Leningradi_Edasi_toimetus, lk 207
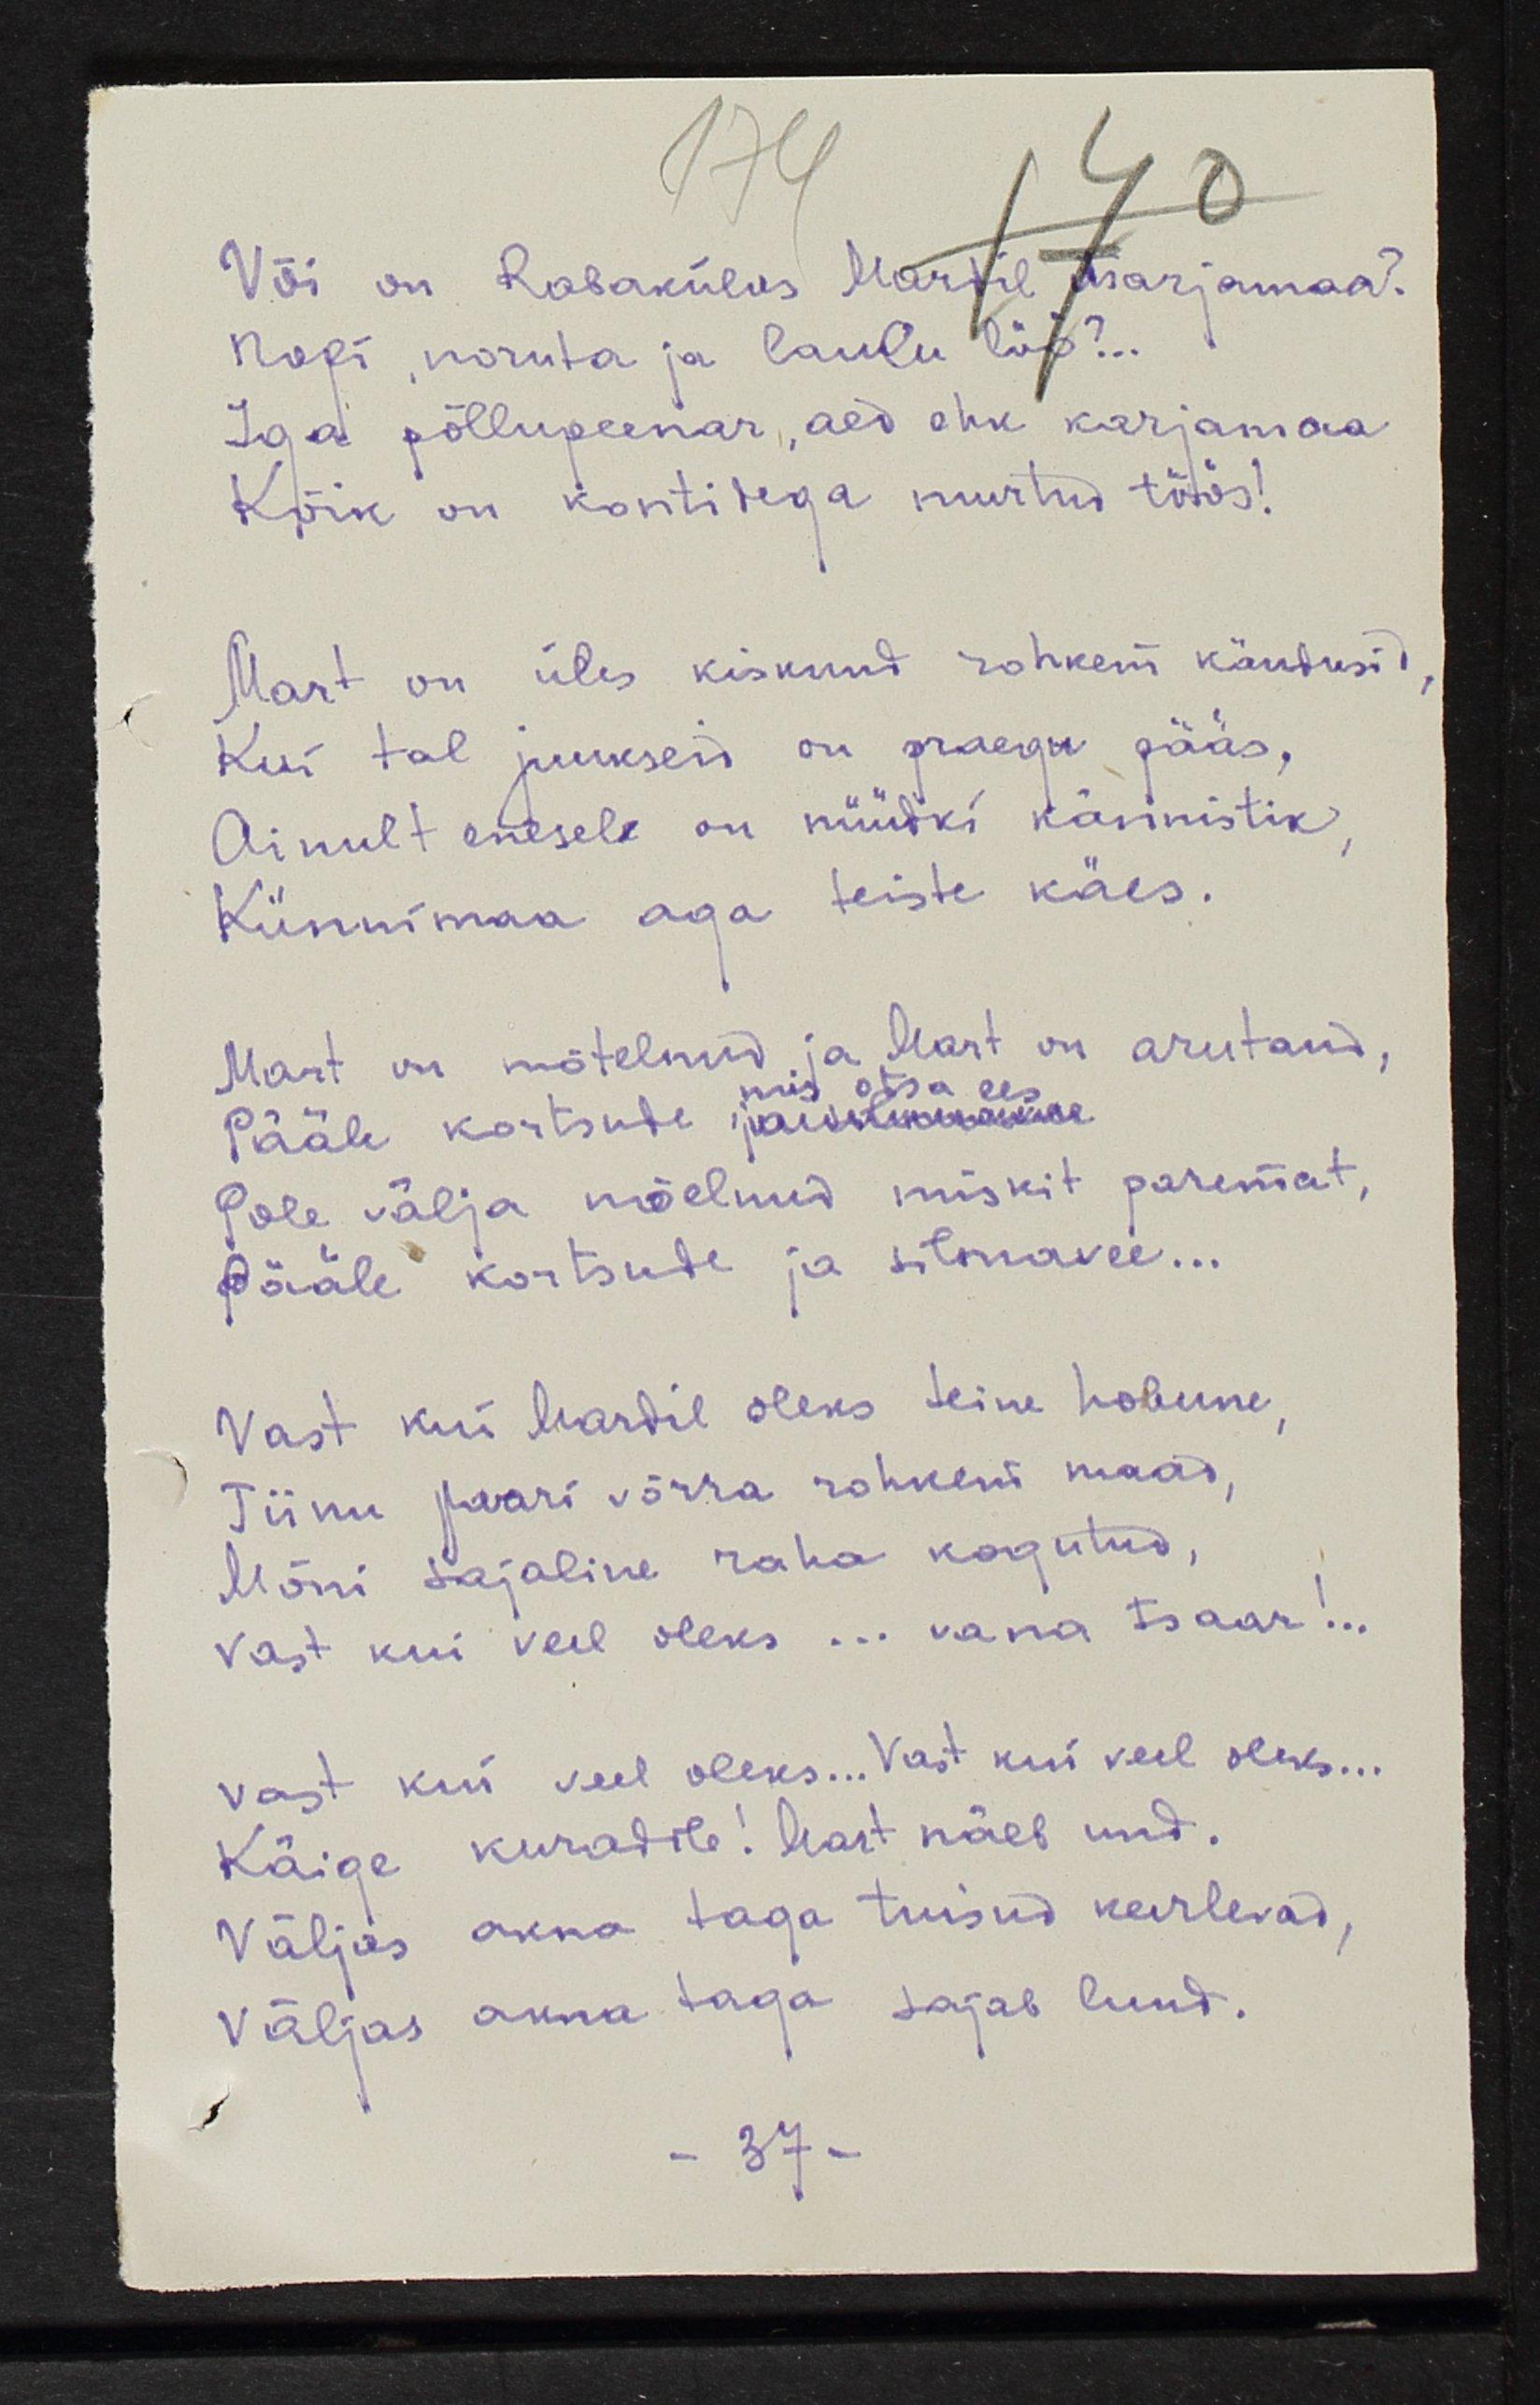
Või on Rabakülas Mardil marjamaa?
nopi, noruta ja laulu löö?..
Iga põllupeenar, aed ehk karjamaa
Kõik on kontidega murtud töös!
Mart on üles kiskunud rohkem kändusid,
Kui tal juukseid on praegu pääs,
Ainult enesele on nüüdki kännistik,
Künnimaa aga teiste käes.
Mart on mõtelnud ja Mart on arutand,
mis otsa ees
Pääle kortsude, paustundeakne
Pole välja mõelnud miskit paremat,
Pääle kortsude ja silmavee...
Vast kui Mardil oleks teine hobune,
Tiinu paari võrra rohkem maad,
Mõni sajaline raha kogutud,
Vast kui veel oleks... kena tsaar!..
Vast kui veel oleks... Vast kui veel oleks...
Käige kuradile! Mart näeb und.
Väljas akna taga tuisud keerlevad,
Väljas akna taga sajab lund.